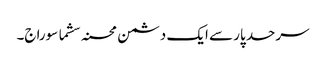
سرحد پار سے ایک دشمن محسنہ سشما سوراج۔